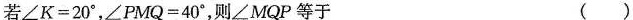
若\angle K=20^{\circ}，\angle PMQ=40^{\circ}，则\angle MQP等于 ( )